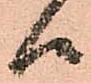
候